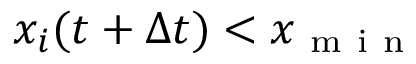
x _ { i } ( t + \Delta t ) < x _ { \mathrm { ~ m ~ i ~ n ~ } }